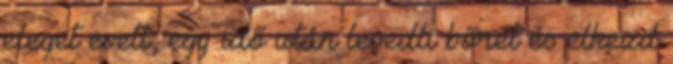
eleget evett, egy idő után levedli bőrét és elkezd